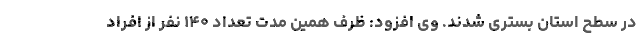
در سطح استان بستری شدند. وی افزود: ظرف همین مدت تعداد ۱۴۰ نفر از افراد